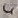
Text: 4